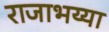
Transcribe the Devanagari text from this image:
राजाभय्या